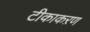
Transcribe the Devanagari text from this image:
टीकाकऱण